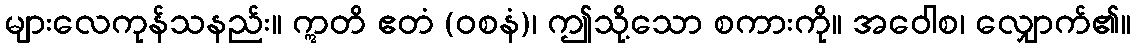
များလေကုန်သနည်း။ ဣတိ ဧတံ (ဝစနံ)၊ ဤသို့သော စကားကို။ အဝေါစ၊ လျှောက်၏။